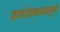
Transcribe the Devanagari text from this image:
प्रायोजकत्त्वामुळे